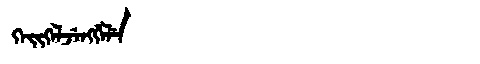
Manchu: ᡴᡝᡳᡴᡝᠯᠵᡝᠩᡤᡝᠯᡝ
Romanization: KEIKELJENGGELE